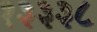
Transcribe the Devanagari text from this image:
१३३३८